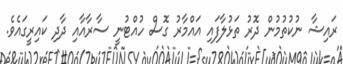
ރައިޝާ ނުކުތުމުން ދޮރު ތަޅުލާފައި އައްމާރު ގޮސް ހުއްޓުނީ ސާރާއާއި ދާދި ކައިރީގައެވެ.